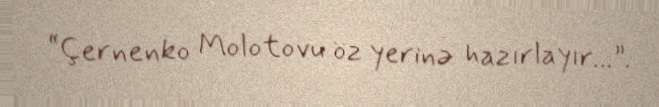
“Çernenko Molotovu öz yerinə hazırlayır...”.